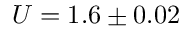
U = 1 . 6 \pm 0 . 0 2